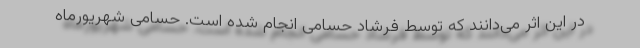
در این اثر می‌دانند که توسط فرشاد حسامی انجام شده است. حسامی شهریورماه